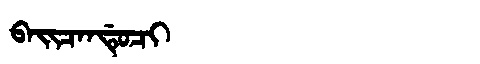
Manchu: ᠪᠠᡳᠴᠠᠨᡩᡠᠴᡳ
Romanization: BAICANDUCI